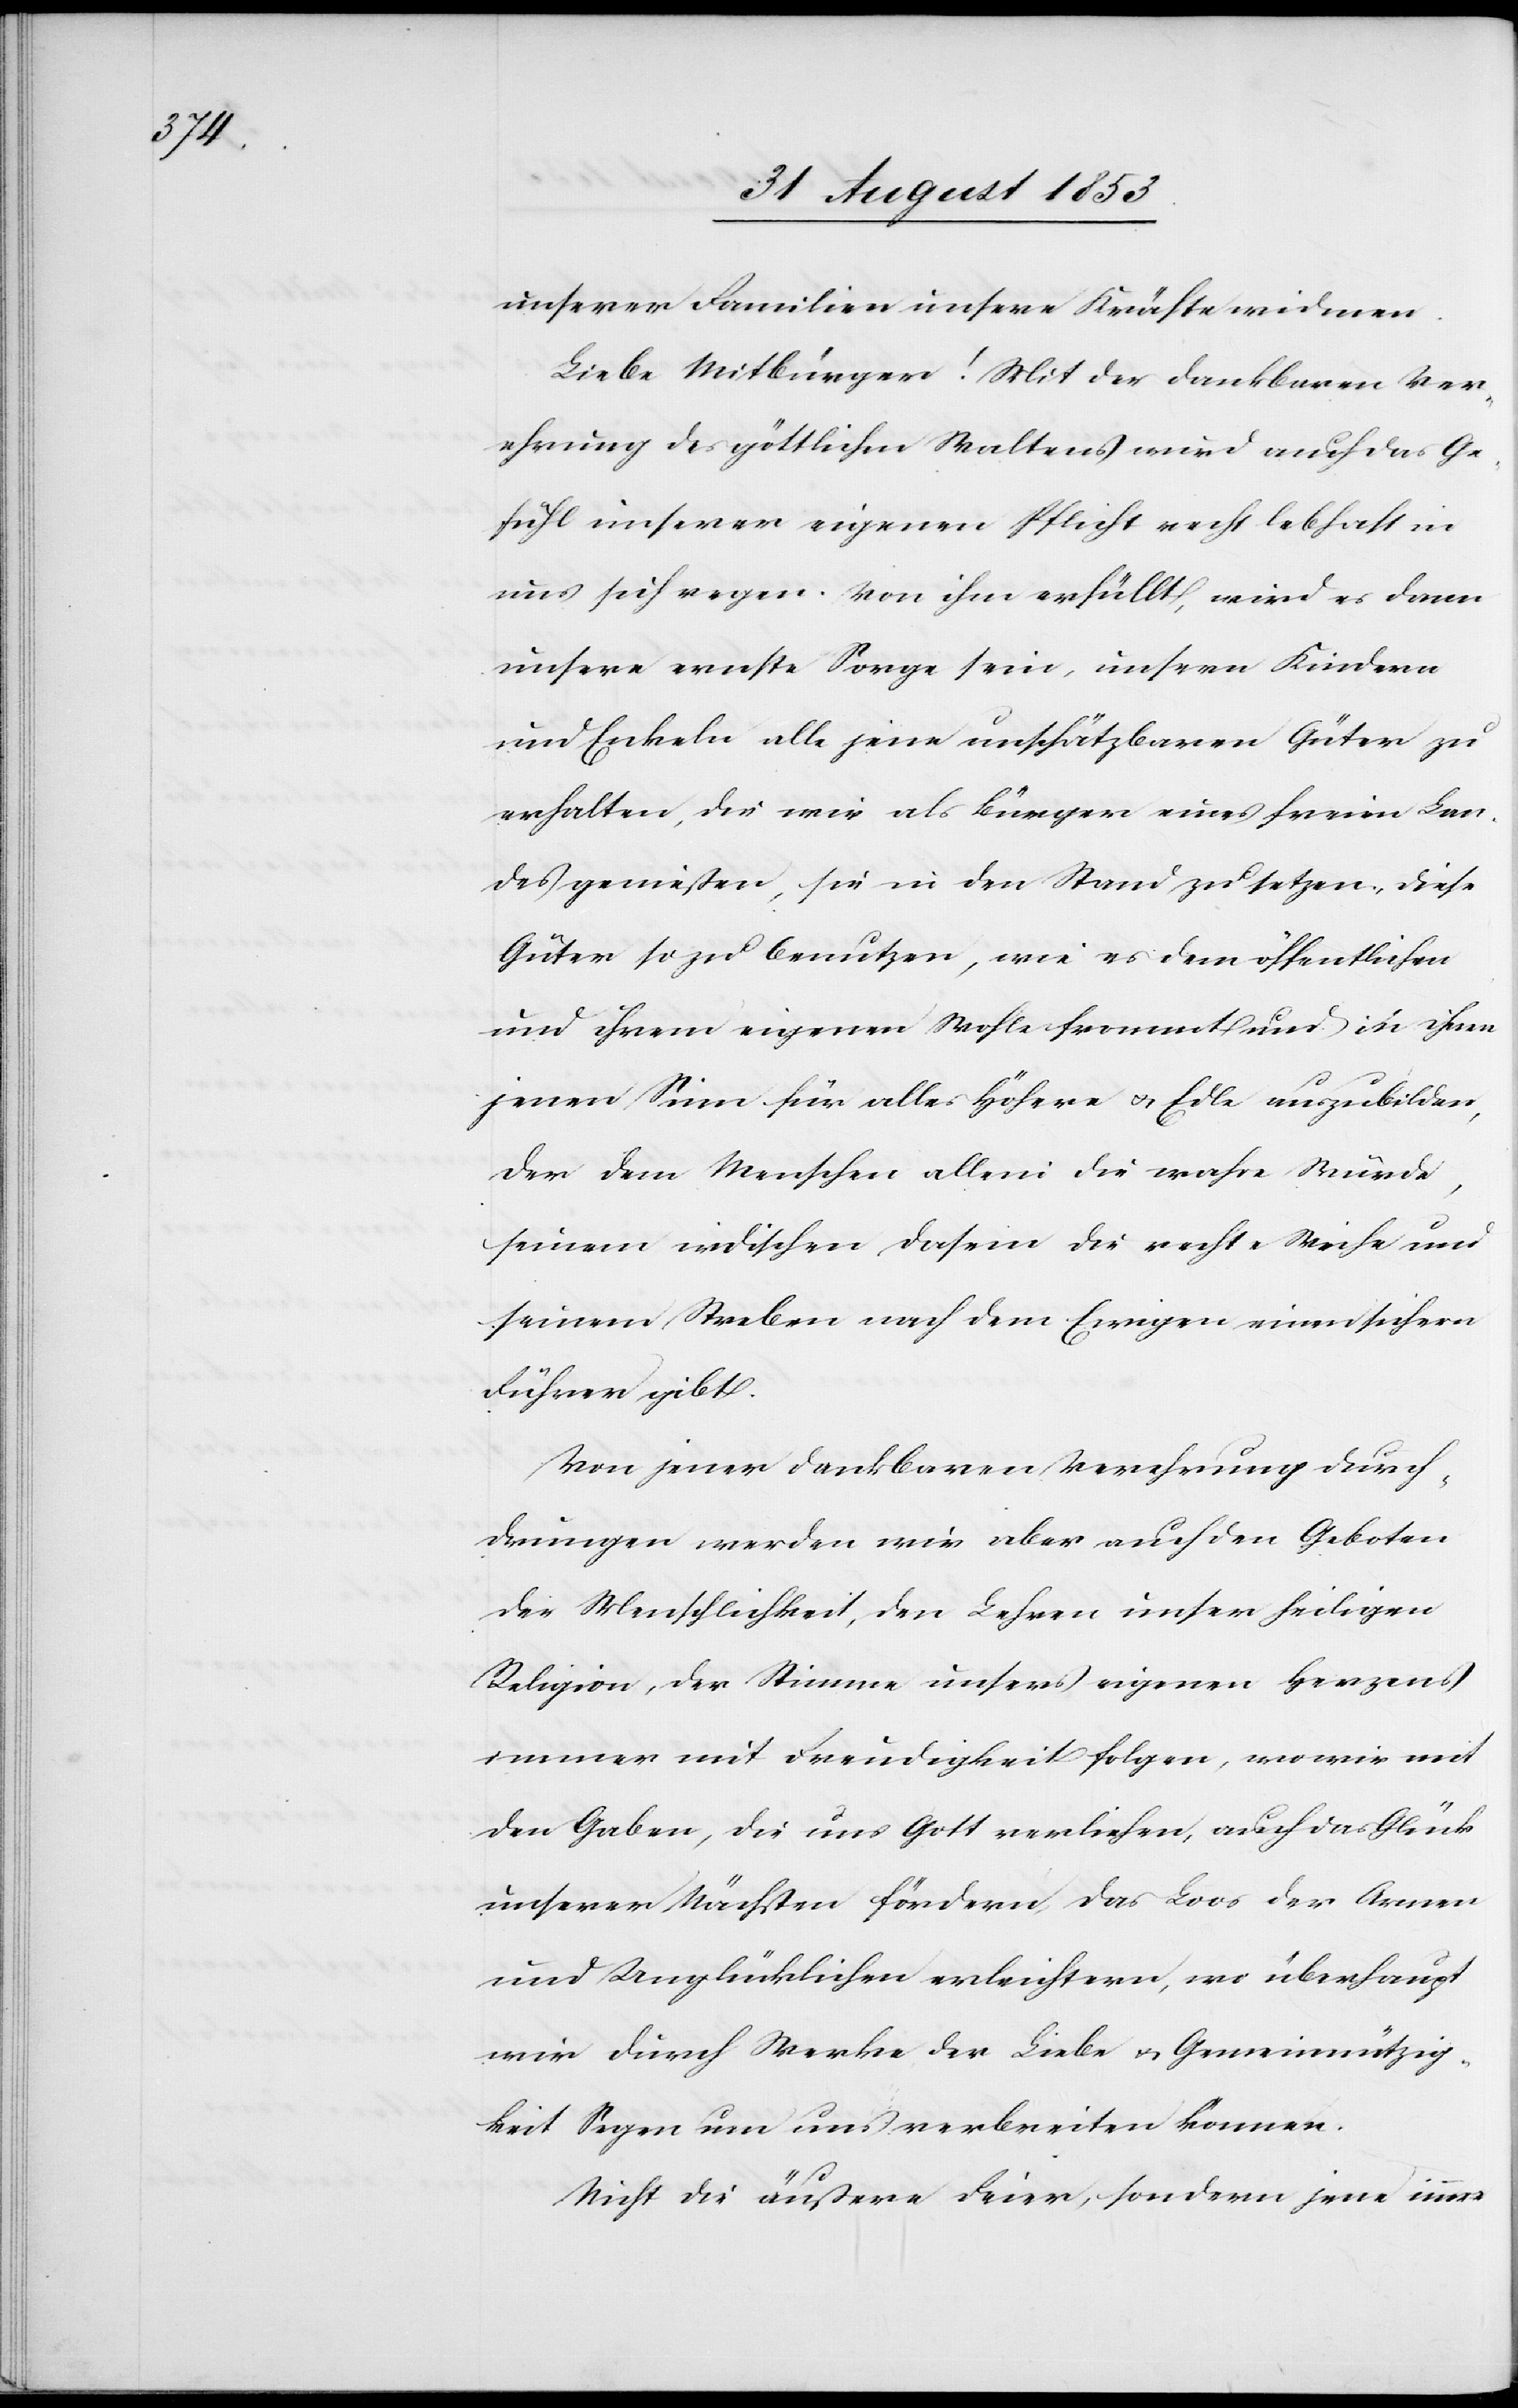
unserer Familien unsere Kräfte widmen.
Liebe Mitbürger! Mit der dankbaren Ver¬
ehrung des göttlichen Waltens wird auch das Ge¬
fühl unserer eigenen Pflicht recht lebhaft in
uns sich regen. Von ihm erfüllt, wird es dann
unsere ernste Sorge sein, unsern Kindern
und Enkeln alle jene unschätzbaren Güter zu
erhalten, die wir als Bürger eines freien Lan¬
des genießen, sie in den Stand zu setzen, diese
Güter so zu benutzen, wie es dem öffentlichen
und ihrem eigenen Wohle frommt und in ihnen
jenen Sinn für alles Höhere u. Edle auszubilden,
der dem Menschen allein die wahre Würde,
seinem irdischen Dasein die rechte Weihe und
seinem Streben nach dem Ewigen einen sichern
Führer gibt.
Von jener dankbaren Verehrung durch¬
drungen werden wir aber auch den Geboten
der Menschlichkeit, den Lehren unser heiligen
Religion, der Stimme unsers eigenen Herzens
immer mit Freundlichkeit folgen, wo wir mit
den Gaben, die uns Gott verliehen, auch das Glück
unserer Nächsten fördern, das Loos der Armen
und Unglücklichen erleichtern, wo überhaupt
wir durch Werke der Liebe u. Gemeinnützig¬
keit Segen um uns verbreiten können.
Nicht die äußere Feier, sondern jene inner-